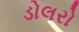
ડોલરો